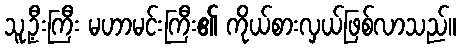
သူ့ဦးကြီး မဟာမင်းကြီး၏ ကိုယ်စားလှယ်ဖြစ်လာသည်။